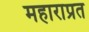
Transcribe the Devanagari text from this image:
महाराप्रत